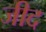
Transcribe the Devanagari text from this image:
जीद